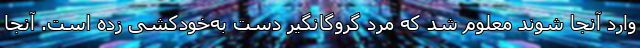
وارد آنجا شوند معلوم شد که مرد گروگانگیر دست به‌خودکشی زده است. آنجا